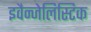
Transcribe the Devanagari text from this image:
इवैन्जेलिस्टिक